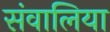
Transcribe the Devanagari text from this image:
संवालिया